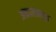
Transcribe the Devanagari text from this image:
अकालप्रसूत